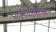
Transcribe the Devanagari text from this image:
आटोपलेला